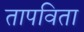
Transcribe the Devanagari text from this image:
तापविता